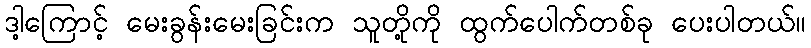
ဒါ့ကြောင့် မေးခွန်းမေးခြင်းက သူတို့ကို ထွက်ပေါက်တစ်ခု ပေးပါတယ်။